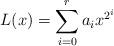
LaTeX: \begin{align*}L(x)=\sum_{i=0}^r a_ix^{2^i}\end{align*}